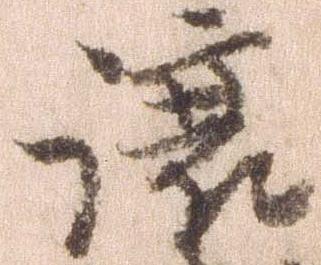
譲